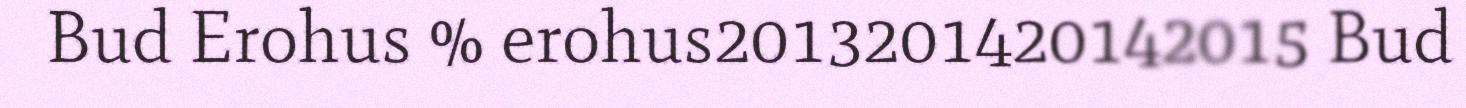
Bud Erohus % erohus2013201420142015 Bud